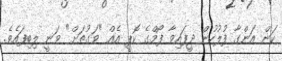
ކަން އަންގާ ފުލުހުން ދީފައިވާ ފޯމްގެ ކޮޕީ އެއް "ވަގުތަށް" ވަނީ ލިބިފައެވެ.